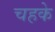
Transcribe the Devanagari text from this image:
चहके